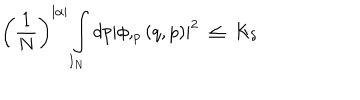
LaTeX: \left( \frac 1 N \right) ^ { | \alpha | } \int _ { I _ { N } } d p \left| \phi , _ { p } \left( q , p \right) \right| ^ { 2 } \; \leq \; K _ { \delta }